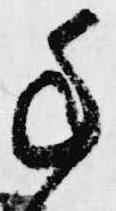
年